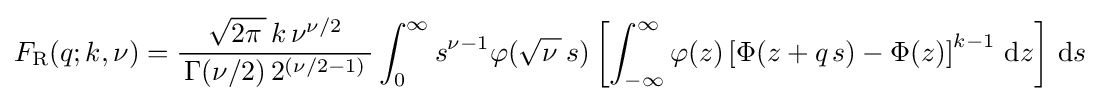
F_{\text{R}}(q;k,\nu )={\frac {{\sqrt {2\pi \,}}\,k\,\nu ^{\nu /2}}{\,\Gamma (\nu /2)\,2^{(\nu /2-1)}\,}}\int _{0}^{\infty }s^{\nu -1}\varphi ({\sqrt {\nu \,}}\,s)\left[\int _{-\infty }^{\infty }\varphi (z)\left[\Phi (z+q\,s)-\Phi (z)\right]^{k-1}\,\mathrm {d} z\right]\,\mathrm {d} s